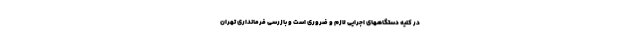
در کلیه دستگاههای اجرایی لازم و ضروری است و بازرسی فرمانداری تهران